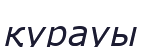
қурауы